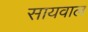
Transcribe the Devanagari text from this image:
सायवाल